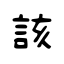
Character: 該